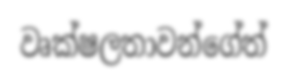
වෘක්ෂලතාවන්ගේත්